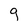
Character: q